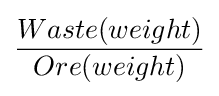
{\frac {Waste(weight)}{Ore(weight)}}